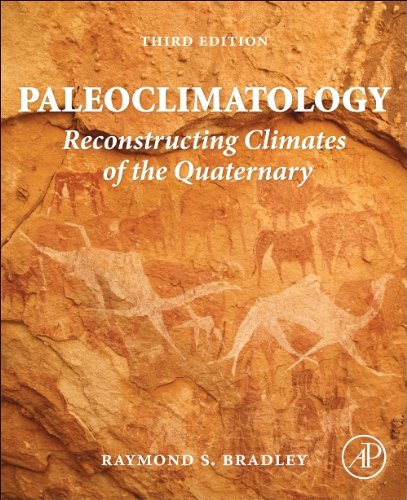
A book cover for Paleoclimatology, Third Edition: Reconstructing Climates of the Quaternary; Raymond S. Bradley; Science & Math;